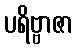
ပရိဗ္ဗာဇာ